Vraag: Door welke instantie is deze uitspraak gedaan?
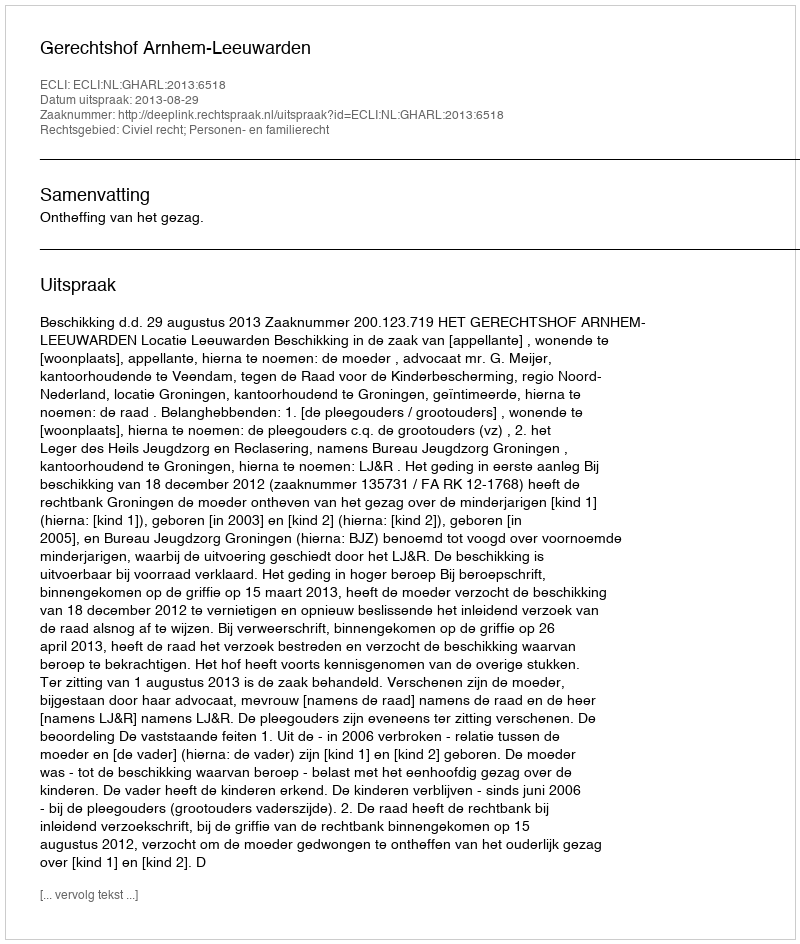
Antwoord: Gerechtshof Arnhem-Leeuwarden